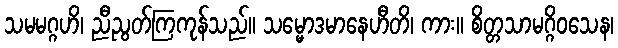
သမမဂ္ဂဟိ၊ ညီညွတ်ကြကုန်သည်။ သမ္မောဒမာနေဟီတိ၊ ကား။ စိတ္တသာမဂ္ဂိဝသေန၊